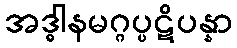
အဒ္ဓါနမဂ္ဂပ္ပဋိပန္နာ